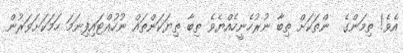
އެވެ! ތިމަންގެ  ންތަކަށް ތިބާ ނުރުހެނީހެއްޔެވެ ތިބާ ތިޔަކަންތައް ނުހުއްޓައިފިނަމަ ހަމަކަށަވަރުން